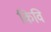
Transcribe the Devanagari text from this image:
किवि